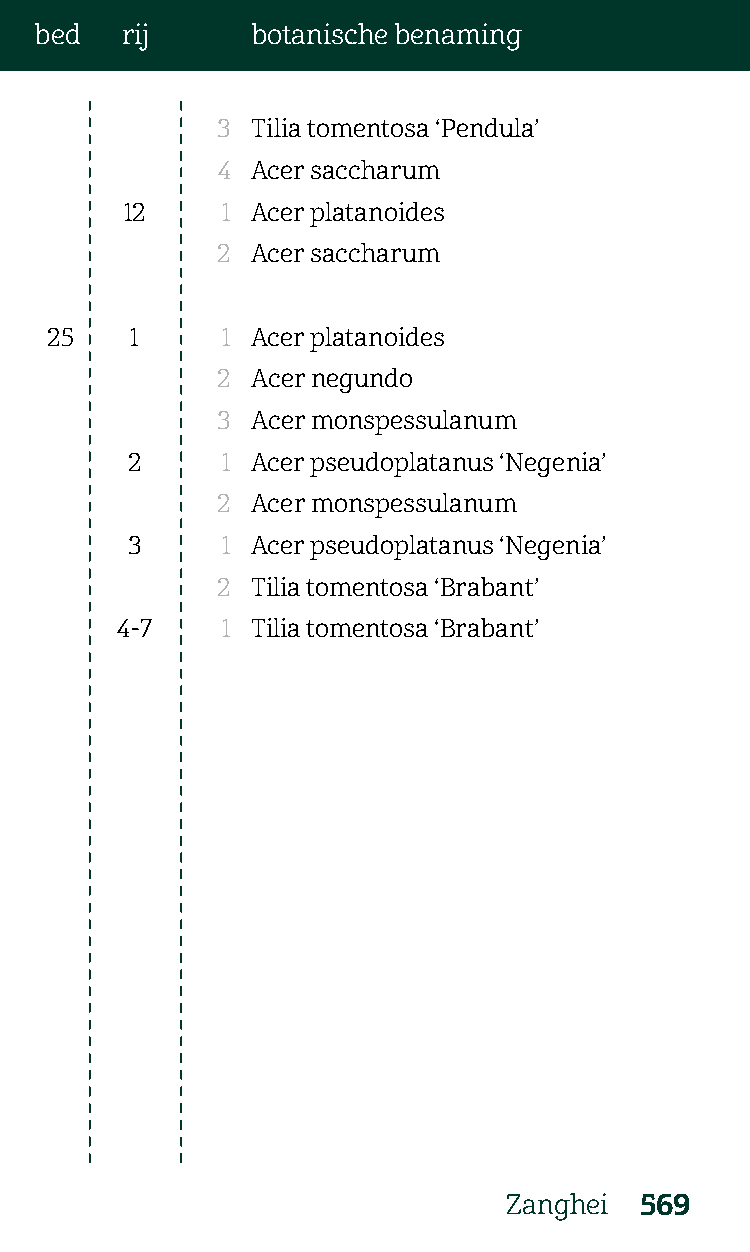
bed   rij      botanische benaming
 3  Tilia tomentosa ‘Pendula’
 4  Acer saccharum
 12     1 Acer platanoides
 2  Acer saccharum
 25    1     1 Acer platanoides
 2  Acer negundo
 3  Acer monspessulanum
 2      1 Acer pseudoplatanus ‘Negenia’
 2  Acer monspessulanum
 3      1 Acer pseudoplatanus ‘Negenia’
 2  Tilia tomentosa ‘Brabant’
 4-7    1 Tilia tomentosa ‘Brabant’
 Zanghei 569